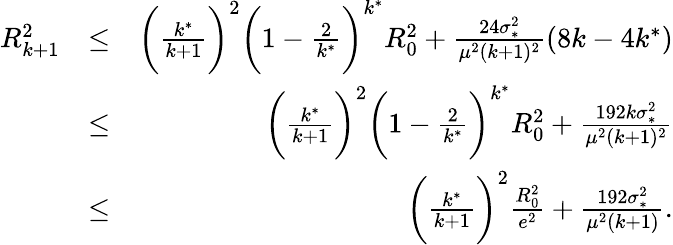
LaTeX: \begin{array}{rlr}{R_{k+1}^{2}}&{\leq}&{\bigg(\frac{k^{*}}{k+1}\bigg)^{2}\bigg(1-\frac{2}{k^{*}}\bigg)^{k^{*}}R_{0}^{2}+\frac{24\sigma_{*}^{2}}{\mu^{2}(k+1)^{2}}(8k-4k^{*})}\\ &{\leq}&{\bigg(\frac{k^{*}}{k+1}\bigg)^{2}\bigg(1-\frac{2}{k^{*}}\bigg)^{k^{*}}R_{0}^{2}+\frac{192k\sigma_{*}^{2}}{\mu^{2}(k+1)^{2}}}\\ &{\leq}&{\bigg(\frac{k^{*}}{k+1}\bigg)^{2}\frac{R_{0}^{2}}{e^{2}}+\frac{192\sigma_{*}^{2}}{\mu^{2}(k+1)}.}\end{array}